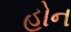
હોન